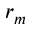
r _ { m }